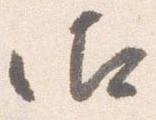
御